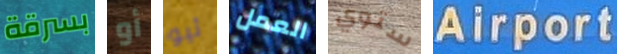
بسرقة أو ثيو العمل ستوي Airport